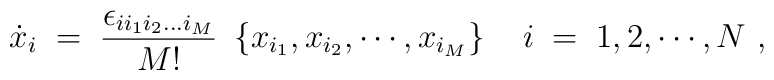
\dot{x}_i\;=\;\frac{\epsilon_{ii_1i_2...i_M}}{M!}\ \left\{ x_{i_1},  x_{i_2},\cdots, x_{i_M}\right\} \ \ \ i\;=\;1,2,\cdots, N \ ,